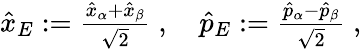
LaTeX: \begin{array}{r}{\hat{x}_{E}:=\frac{\hat{x}_{\alpha}+\hat{x}_{\beta}}{\sqrt{2}}\; ,\quad\hat{p}_{E}:=\frac{\hat{p}_{\alpha}-\hat{p}_{\beta}}{\sqrt{2}}\; ,}\end{array}